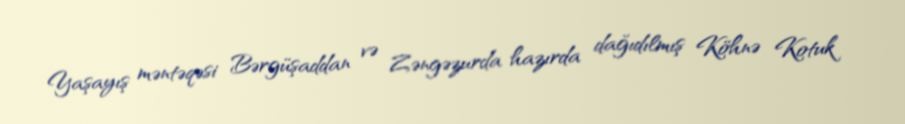
Yaşayış məntəqəsi Bərgüşaddan və Zəngəzurda hazırda dağıdılmış Köhnə Kotuk